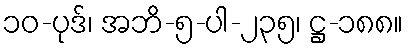
၁၀-ပုဒ်၊ အဘိ-၅-ပါ-၂၃၅၊ ဋ္ဌ-၁၈၈။